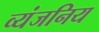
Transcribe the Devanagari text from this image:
व्यंजनिय